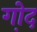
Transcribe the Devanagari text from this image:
गो़द